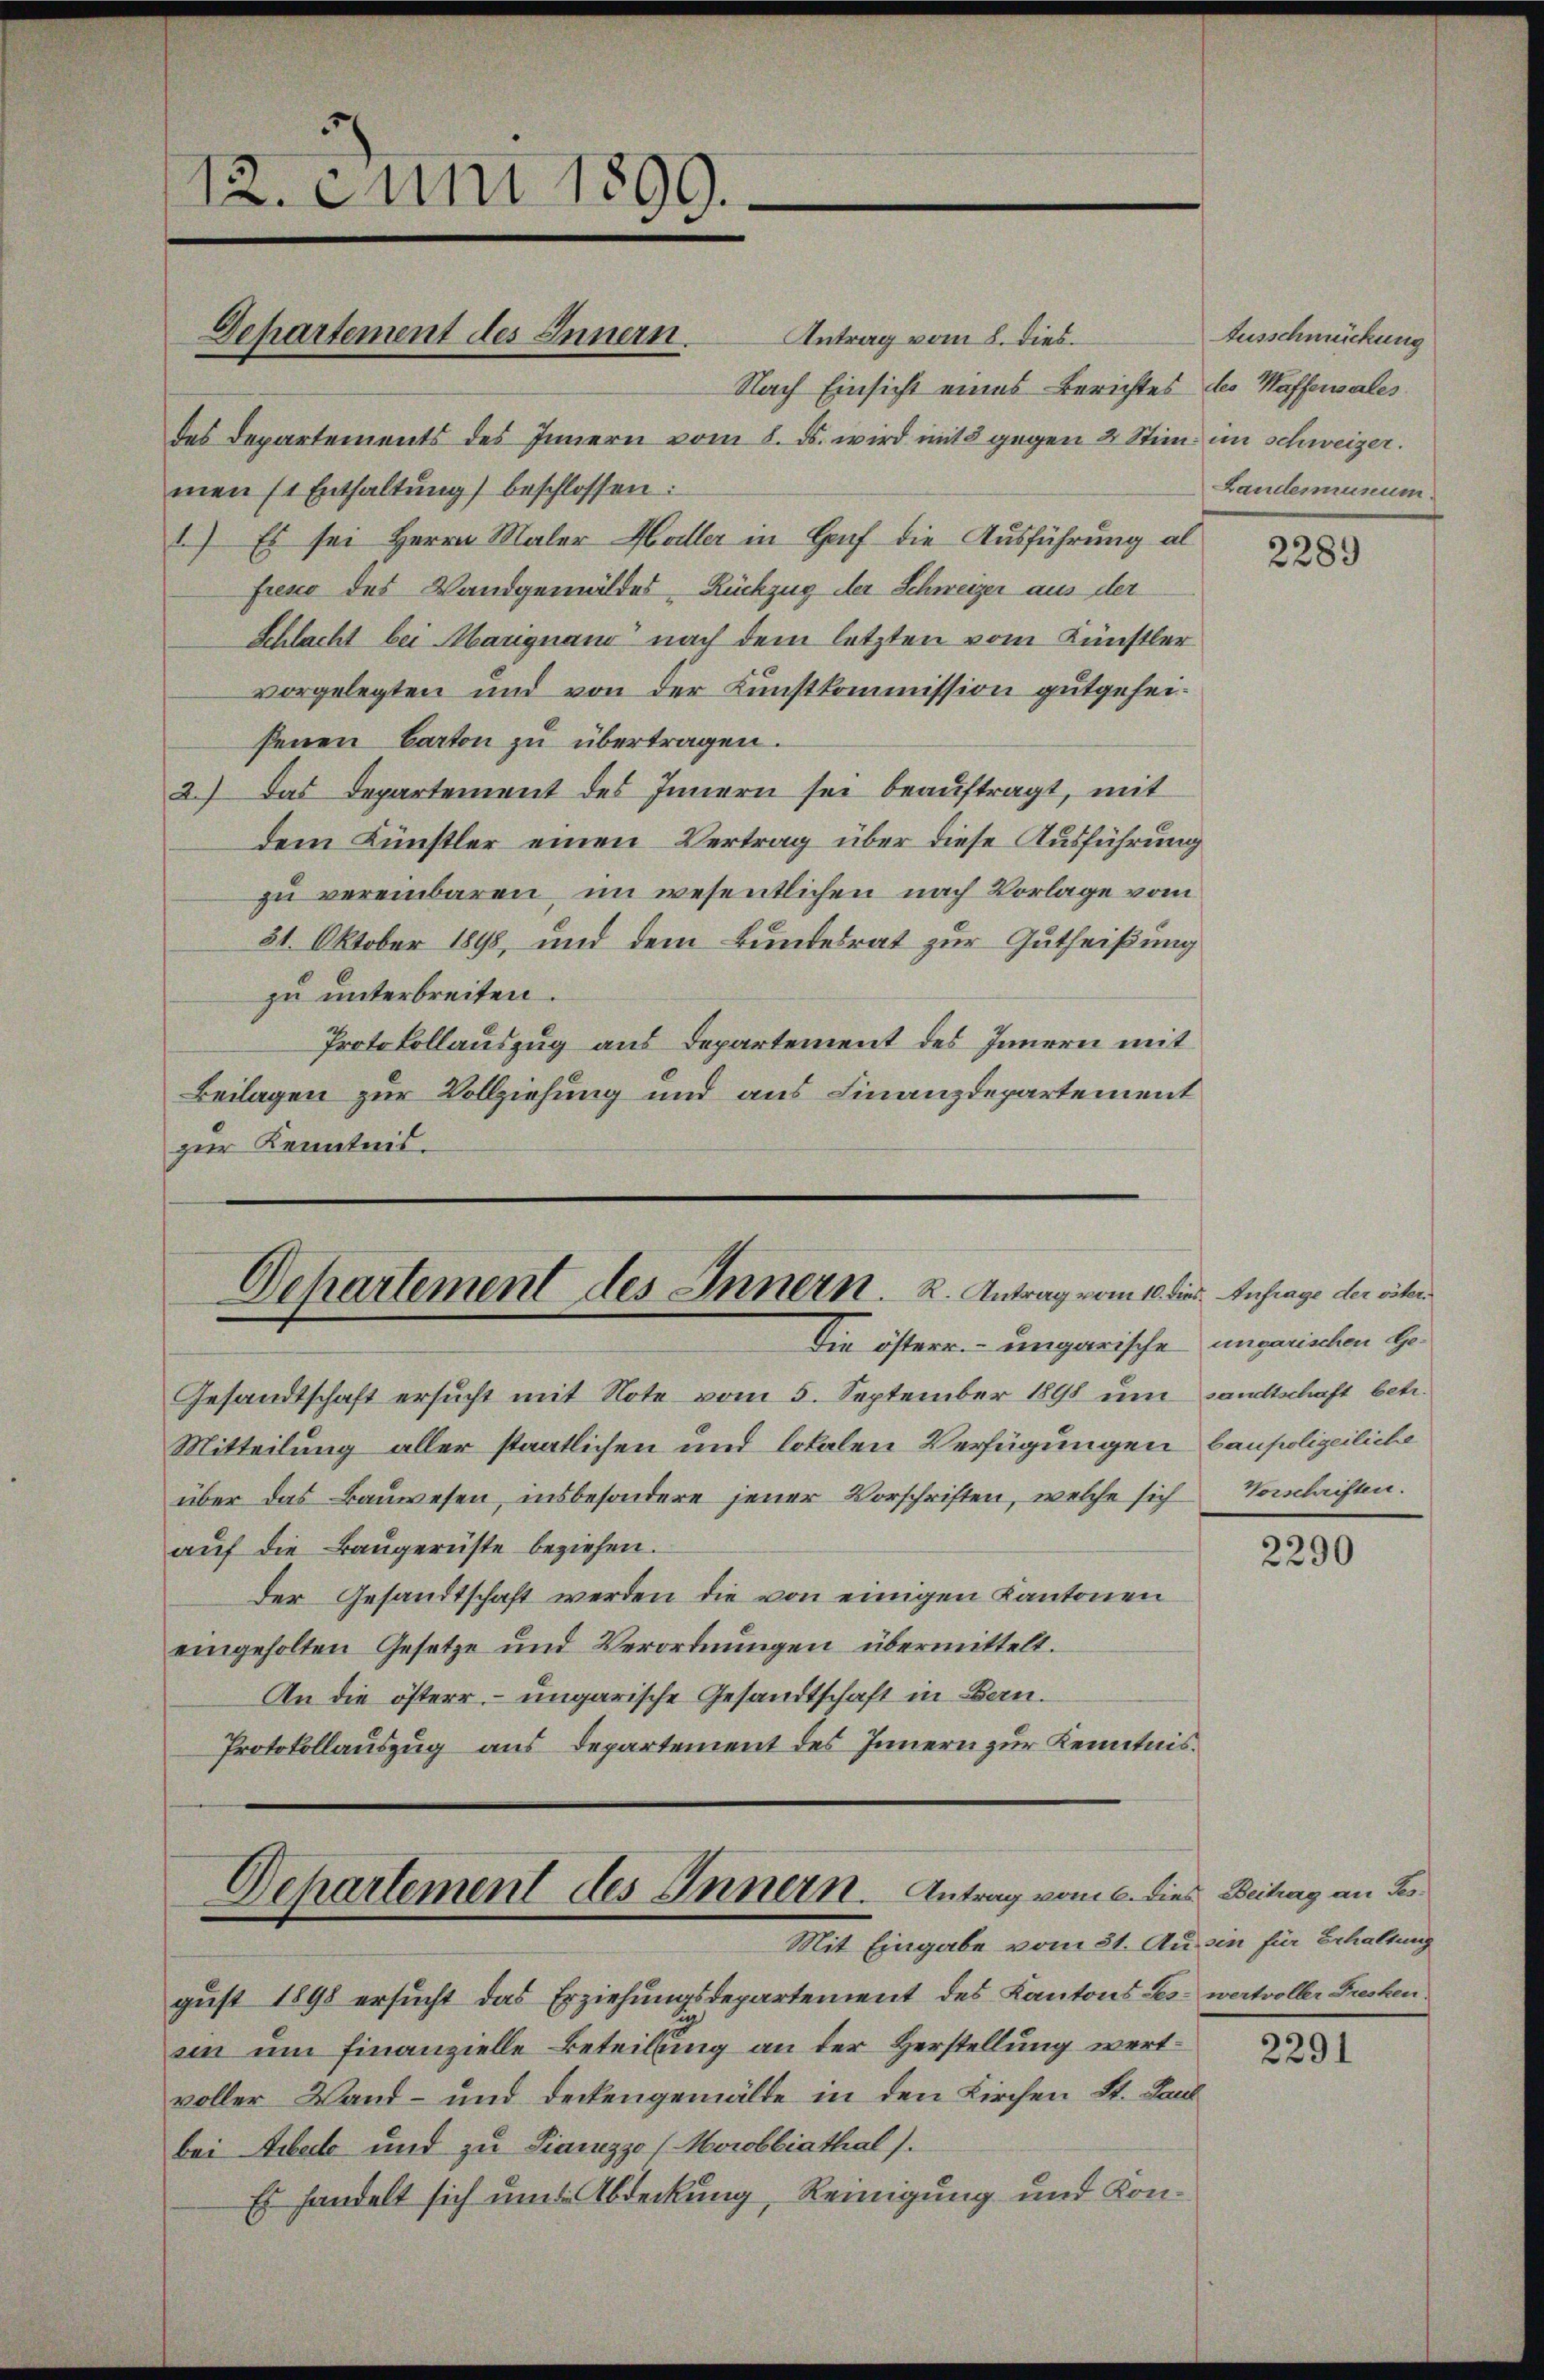
12. Juni 1899.

Departement des Innern.

Antrag vom 8. dies
Nach Einsicht eines Berichtes des Waffensales
des Departements des Innern vom 8. d. wird mit 8 gegen 2 Stim im Schweizer.
men 11 Enthaltŭng beschlossen:
1.) Es sei Herrn Maler Haller in Hof die Ausführung al
freso des Wandgemäldes Rückzug der Schweizer aus der
Schlacht bei Marignano nach dem letzten vom Künstler
vorgelegten und von der Kunstkommission gutgeheifenen Barton zu übertragen.
2.) Das Departement des Innern sei beauftragt, mit
dem Künstler einen Vertrag über diese Ausführung
zu vereinbaren, im wesentlichen nach Vorlage vom
31. Oktober 1898, und dem Bundesrat zur Gutheißung
zu unterbreiten.
Protokollauszug aus Departement des Innern mit
Beilagen zur Vollziehung und aus Finanzdepartement
zur Kenntnis.

Dehartement des Innern. R. Antrag vom 10. die Anfrage der riter
Die österr. ungarische ungarischen Ge¬

Gesandtschaft ersucht mit Note vom 5. September 1898 um sandtschaft betr.
Mitteilung aller staatlichen und lokalen Verfügungen baupolizeiliche
über das Bauwesen, insbesondere jener Vorschriften, welche sich Vorlaisten.
auf die Baugerüste beziehen.
Der Gesandtschaft werden die von einigen Kantonen
eingeholten Gesetze und Verordnungen übermittelt.
An die österr. – ungarische Gesandtschaft in Bern.
Protokollauszug aus Departement des Innern zur Kenntnis¬

Departement des Innern. Antrag vom 6. dies Beitrag an Jes.
Mit Eingabe vom 21. Ausin für Erhaltung

gust 1898 ersucht das Erziehungsdepartement des Kantons Les wertvoller Fresken
sin um finanzielle Beteilung an der Herstellung wertvoller Wand- und Deckengemälde in den Kirchen St. Laud
bei Arbeite und zu Fianizze (Morobbiathal).
Es handelt sich um Abdeckung, Reinigung und Kon¬

Ausschmückung
Landesmunum

2289

2290

2291